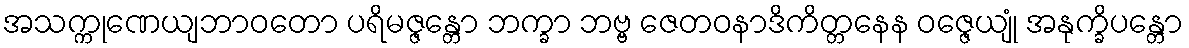
အသက္ကုဏေယျဘာဝတော ပရိမဇ္ဇန္တော ဘက္ခာ ဘဗ္ဗ ဇေတဝနာဒိကိတ္တနေန ဝဇ္ဇေယျုံ အနုက္ခိပန္တော